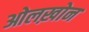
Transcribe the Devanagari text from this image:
ओलख़ोन